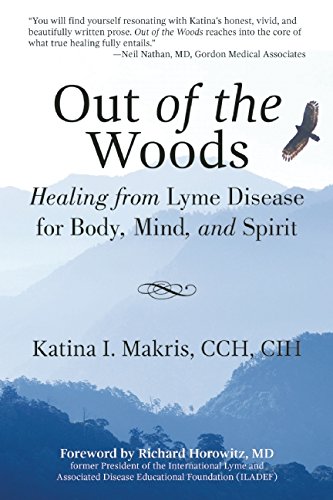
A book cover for Out of the Woods: Healing from Lyme Disease for Body, Mind, and Spirit; Katina I. Makris; Health, Fitness & Dieting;